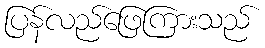
ပြန်လည်ဖြေကြားသည်